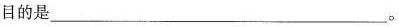
目的是___。